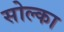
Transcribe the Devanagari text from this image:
सोल्का